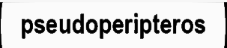
pseudoperipteros